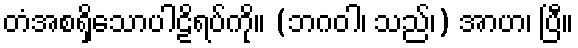
တံအစရှိသောပါဠိရပ်ကို။ (ဘဂဝါ၊ သည်၊) အာဟ၊ ပြီ။